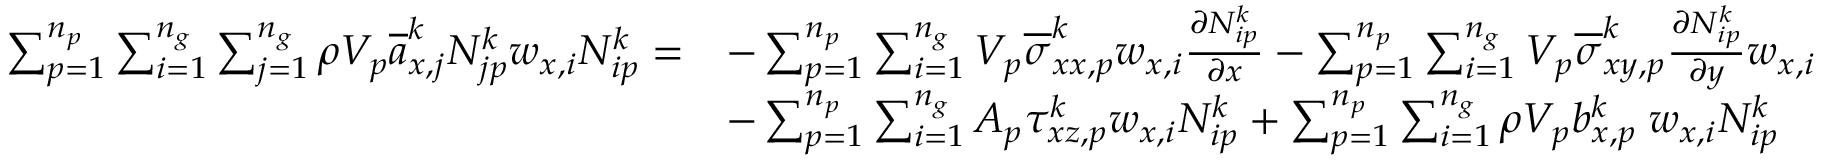
\begin{array} { r l } { \sum _ { p = 1 } ^ { n _ { p } } \sum _ { i = 1 } ^ { n _ { g } } \sum _ { j = 1 } ^ { n _ { g } } \rho V _ { p } \overline { { a } } _ { x , j } ^ { k } N _ { j p } ^ { k } w _ { x , i } N _ { i p } ^ { k } = } & { - \sum _ { p = 1 } ^ { n _ { p } } \sum _ { i = 1 } ^ { n _ { g } } V _ { p } \overline { { \sigma } } _ { x x , p } ^ { k } w _ { x , i } \frac { \partial N _ { i p } ^ { k } } { \partial x } - \sum _ { p = 1 } ^ { n _ { p } } \sum _ { i = 1 } ^ { n _ { g } } V _ { p } \overline { { \sigma } } _ { x y , p } ^ { k } \frac { \partial N _ { i p } ^ { k } } { \partial y } w _ { x , i } } \\ & { - \sum _ { p = 1 } ^ { n _ { p } } \sum _ { i = 1 } ^ { n _ { g } } A _ { p } \tau _ { x z , p } ^ { k } w _ { x , i } N _ { i p } ^ { k } + \sum _ { p = 1 } ^ { n _ { p } } \sum _ { i = 1 } ^ { n _ { g } } \rho V _ { p } b _ { x , p } ^ { k } \; w _ { x , i } N _ { i p } ^ { k } } \end{array}